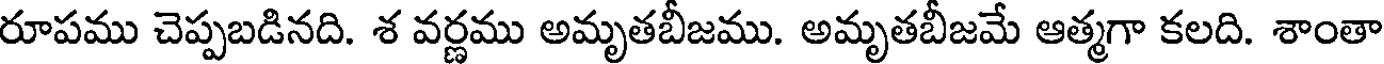
రూపము చెప్పబడినది. శ వర్ణము అమృతబీజము. అమృతబీజమే ఆత్మగా కలది. శాంతా